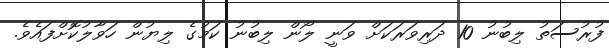
ފުރުސަތު ލިބުނު 10 ދަރިވަރަކަށް ވަނީ ލޯން ލިބުނު ކަމުގެ ލިޔުން ހަވާލުކޮށްފައެވެ.